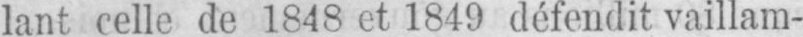
lant celle de 1848 et 1849 défendit vaillam-